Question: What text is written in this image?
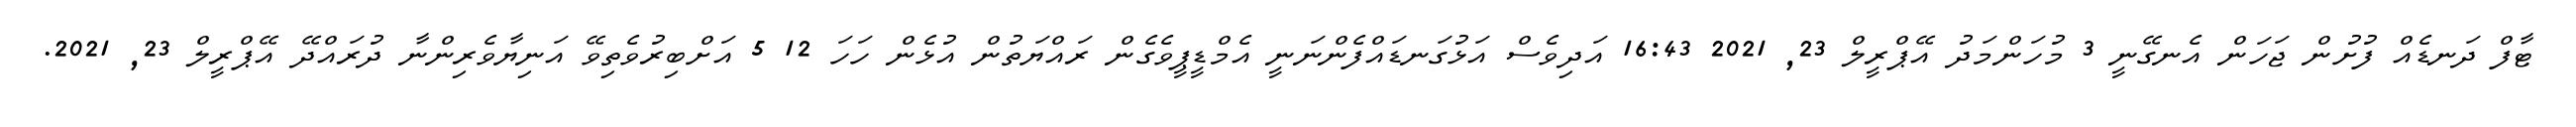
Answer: ޓާފް ދަނޑެއް ފުށުން ޖަހަން އެނގޭނީ 3 މުހަންމަދު އޭޕްރީލް 23, 2021 16:43 އަދިވެސް އަޅުގަނޑައްފެންނަނީ އެމްޑީޕީވެގެން ރައްޔަތުން އުޅެން ހަހަ 12 5 އަށްބިރުވެތިވޭ އަނިޔާވެރިންނާ ދުރައްދޭ އޭޕްރީލް 23, 2021.